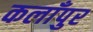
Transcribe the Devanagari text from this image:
कलाँपुर